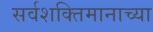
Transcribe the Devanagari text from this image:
सर्वशक्तिमानाच्या